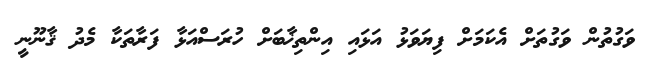
ވަގުތުން ވަގުތަށް އެކަމަށް ފިޔަވަޅު އަޅައި އިންތިޚާބަށް ހުރަސްއަޅާ ފަރާތަކާ މެދު ޤާނޫނީ